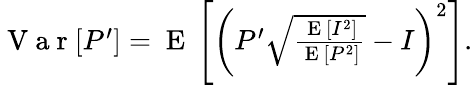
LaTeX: \begin{array}{r}{\mathrm{~V~a~r~}[P^{\prime}]=\mathrm{~E~}\left[\left(P^{\prime}\sqrt{\frac{\mathrm{~E~}[I^{2}]}{\mathrm{~E~}[P^{2}]}}-I\right)^{2}\right].}\end{array}